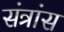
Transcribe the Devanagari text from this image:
संत्रांस